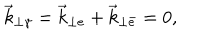
LaTeX: \vec { k } _ { \perp \gamma } = \vec { k } _ { \perp e } + \vec { k } _ { \perp \bar { e } } = 0 ,